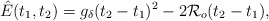
\begin{align*}\hat{E}(t_1,t_2)=g_\delta(t_2-t_1)^2-2\mathcal{R}_o(t_2-t_1),\end{align*}